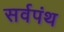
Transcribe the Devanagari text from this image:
सर्वपंथ